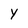
Character: Y